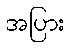
အပြား